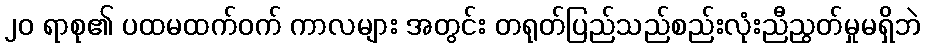
၂၀ ရာစု၏ ပထမထက်ဝက် ကာလများ အတွင်း တရုတ်ပြည်သည်စည်းလုံးညီညွတ်မှုမရှိဘဲ